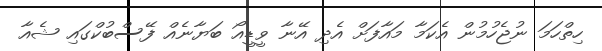
ހިތްހަމަ ނުޖެހުމުން އެކަމާ މައާފަށް އެދި އޭނާ ވީޑީއޯ ބަޔާނެއް ފޭސްބުކްގައި ޝެއާ